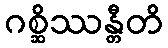
ဂစ္ဆိဿန္တီတိ